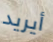
أيريد